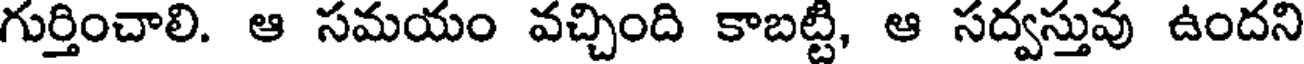
గుర్తించాలి. ఆ సమయం వచ్చింది కాబట్టి, ఆ సద్వస్తువు ఉందని